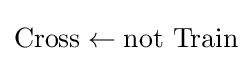
{\hbox{Cross}}\leftarrow {\hbox{not Train}}